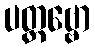
ပတ္တဗ္ဗော